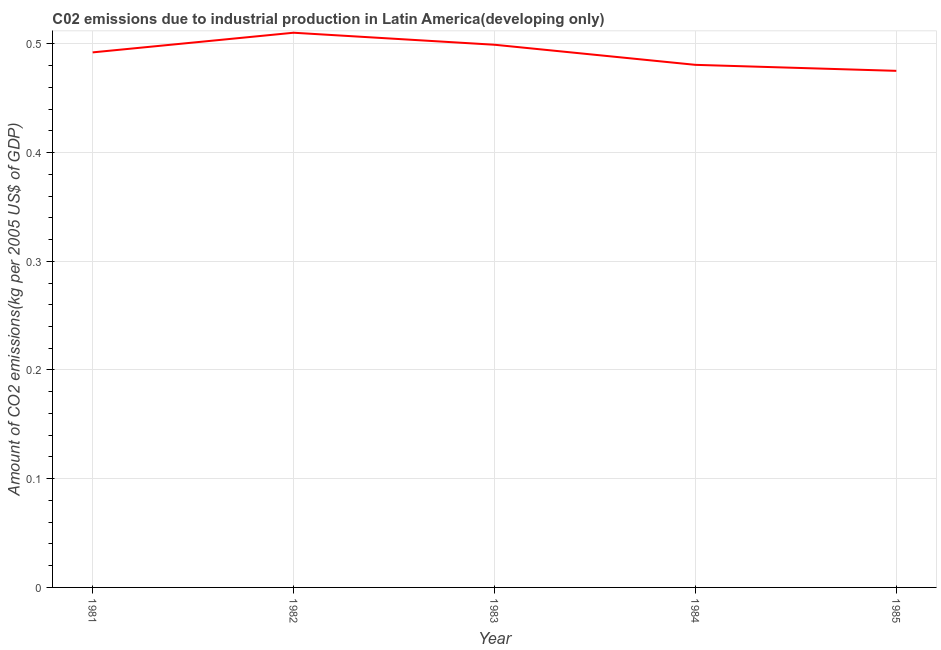
| Year | CO2 emissions  |
 | --- | --- |
 | 1981 | 0.492 |
 | 1982 | 0.51 |
 | 1983 | 0.499 |
 | 1984 | 0.481 |
 | 1985 | 0.475 |